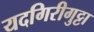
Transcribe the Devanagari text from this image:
यदगिरीगुट्टा